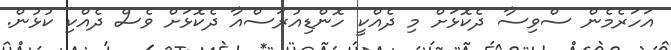
އަހަރެމެން ސްވިސާ ދެކޮޅަށް މި ދެއްކީ ހޮންޑިއުރަސްއާ ދެކޮޅަށް ވެސް ދެއްކި ކުޅުން.